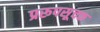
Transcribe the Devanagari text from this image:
प्ररूपसूचक